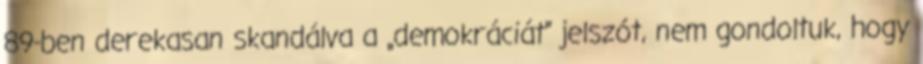
89-ben derekasan skandálva a „demokráciát” jelszót, nem gondoltuk, hogy